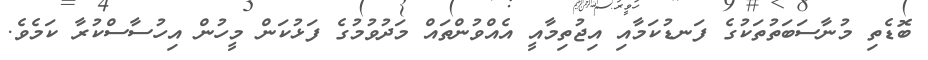
ބޮޑެތި މުނާސަބަތުތަކުގެ ފަނޑުކަމާއި އިޖުތިމާއީ އެއްވުންތައް މަދުވުމުގެ ފަޅުކަން މީހުން އިހުސާސްކުރާ ކަމެވެ.